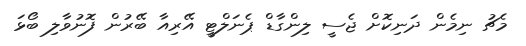
މެޗު ނިމެން ދަނިކޮށް ޖެސީ ލިންގާޑް ޕެނަލްޓީ އޭރިއާ ބޭރުން ފޮނުވާލި ބޯޅަ